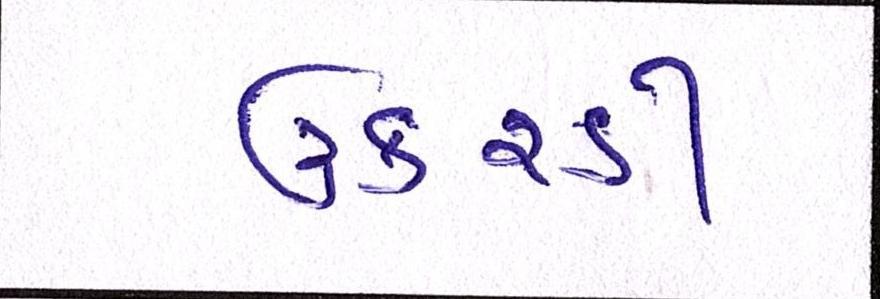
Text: ઉકરડી